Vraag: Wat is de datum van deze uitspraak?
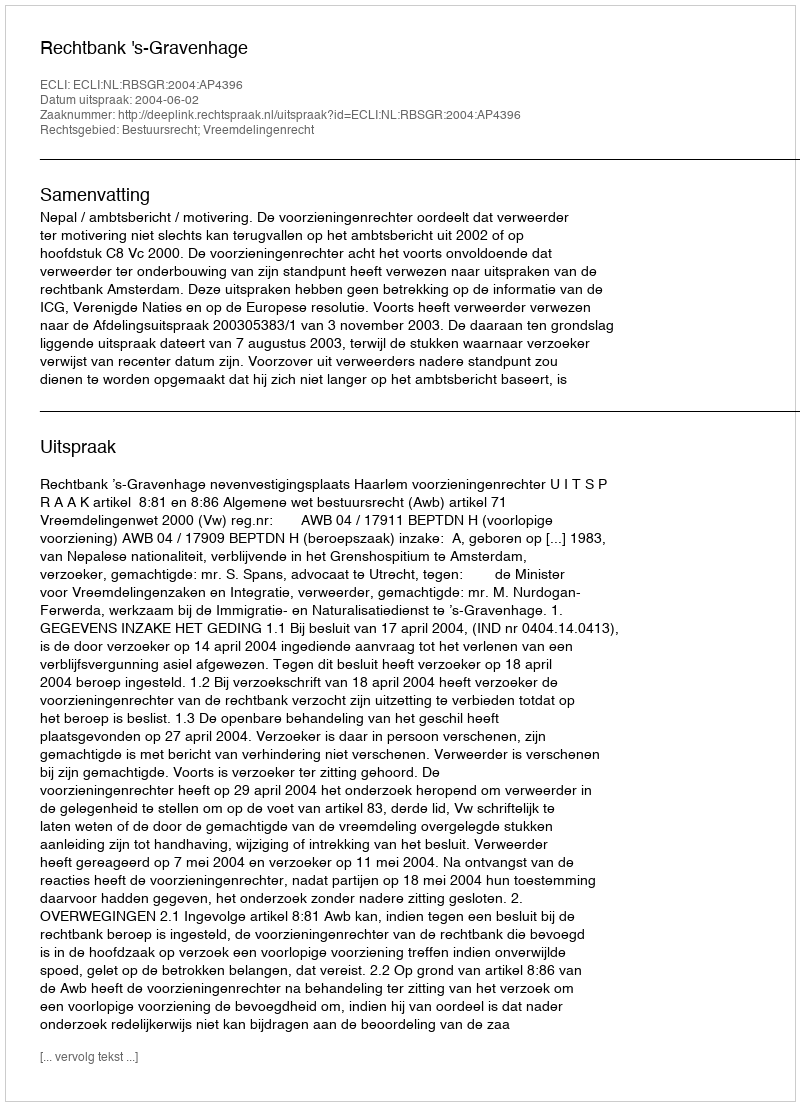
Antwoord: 2004-06-02